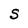
Character: S